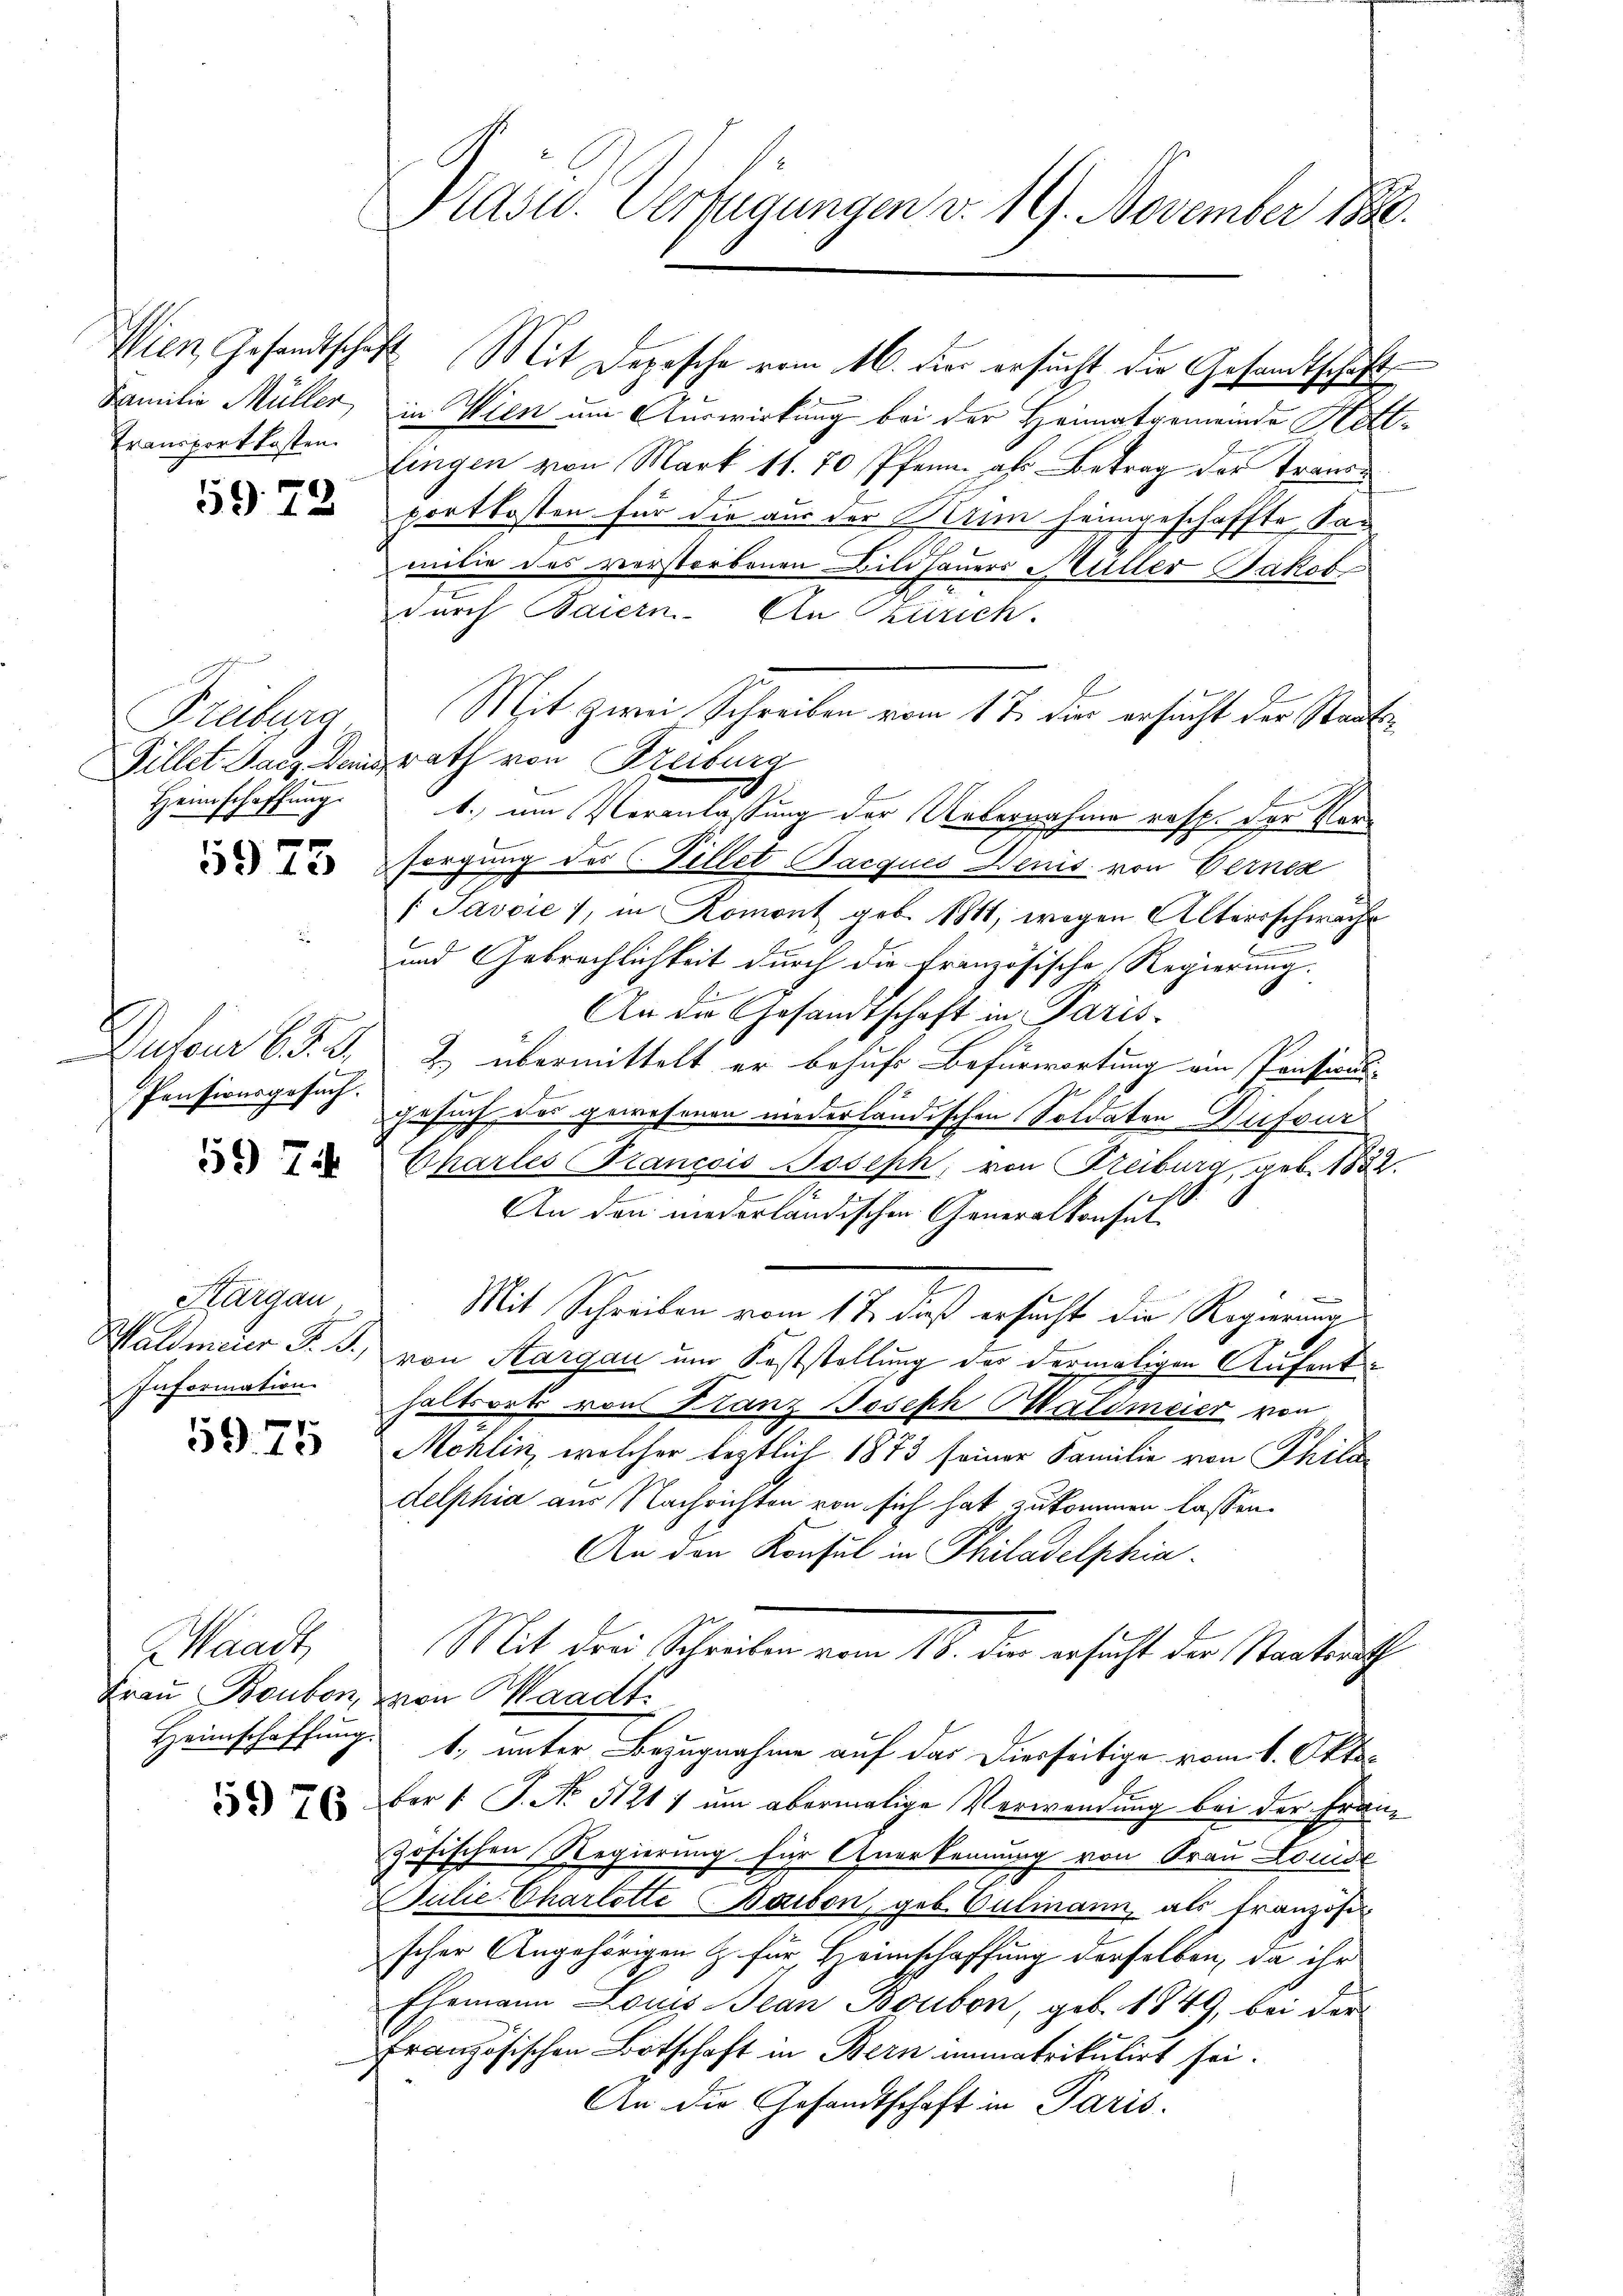
Transportkosten.

59. 72

Freiburg
Heimschaffung.

5973

Pensionsgesuch.

597

Kargau
Information.

5975

Waadt,

5976.

Kasw. Verfügungen v. 19. November 1880.

Wien Gesandtschaft Mit Depesche vom 16. die ersucht die Gesandtschäft
Familie Müller, in Wien um Auswirkung bei der Heimatgemeinde Hettlingen von Mark 11. 70 Pfenn als Betrag der Transportkosten für die aus der Nun heimgeschaffte San
milie des verstorbenen Bildhauers Müller Jakob
durch Baiern. Ein Zürich.
Mit zwei Schreiben vom 1 t dies ersucht der Staats¬
Fillet ganz Deirath von Freiburg
t.) um Veranlassung der Uebernahme resp. der Ver
sorgung des Billet Pacques Denis von Gernes
[Javcić), in Romont geb. 1811, wegen Alterschwache
.
und Gebrechlichkeit durch die Französische Regierung.
An die Gesandtschaft in Paris
Dufour 6. d. J. Z. übermittelt er behufs Befürwortung ein Prisions-
Gesuch das gewesenen niederländischen Soldaten Dufour¬
Charles Francois Joseph, von Freiburg, geb. 1832.
An den niederländischen Generalkonsul¬
7
Mit Schreiben vom 1 t dieß ersucht die Regierung
Waldmeier J. J., von Aargau und Feststellung der dermaligen Aufenthaltsort von Franz Joseph Waldmeier von
Mohlin, welcher leztlich 1873 seiner Familie von Phila
delphia aus Nachrichten von sich hat, zukommen lassen.
An den Konsul in Philadelphia
Mit drei Schreiben vom 18. der ersucht der Staatsrath
Frau Bauben, von Waadt.
Heimschaffung 1. unter Bezugnahme auf das Diesseitige vom 1. Oktober 1. J. No 51217 um abermalige Verwendung bei der Französischen Regierung für Anerkennung von Frau Lomol
ulie Charlotte Baibon, geb. Culmann, als franzose
scher Angehörigen Z. für Heimschaffung derselben, da ihr
Ehemann Louis Jean Bauben, geb. 1849, bei der
französischen Botschaft in Bern immatrikulirt sei.
An die Gesandtschaft in Paris.